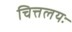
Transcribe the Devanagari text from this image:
चित्तलयः